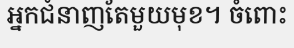
អ្នកជំនាញតែមួយមុខ។ ចំពោះ